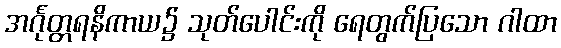
အင်္ဂုတ္တရနိကာယ၌ သုတ်ပေါင်းကို ရေတွက်ပြသော ဂါထာ